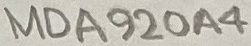
Text: MDA920A4